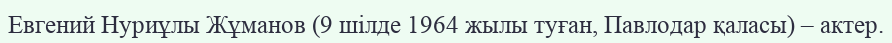
Евгений Нуриұлы Жұманов (9 шілде 1964 жылы туған, Павлодар қаласы) – актер.